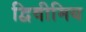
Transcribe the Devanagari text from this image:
द्विवीमिय